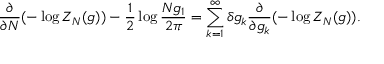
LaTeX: \frac { \partial } { \partial N } ( - \log Z _ { N } ( g ) ) - \frac { 1 } { 2 } \log \frac { N g _ { 1 } } { 2 \pi } = \sum _ { k = 1 } ^ { \infty } \delta g _ { k } \frac { \partial } { \partial g _ { k } } ( - \log Z _ { N } ( g ) ) .